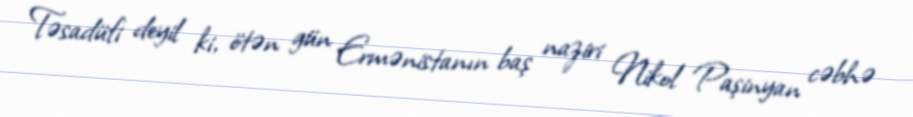
Təsadüfi deyil ki, ötən gün Ermənistanın baş naziri Nikol Paşinyan cəbhə